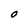
Character: O